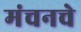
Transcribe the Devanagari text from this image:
मंचनचे